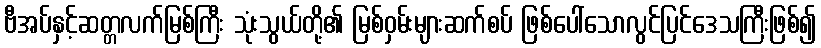
ဗီအပ်နှင့်ဆတ္တလက်မြစ်ကြီး သုံးသွယ်တို့၏ မြစ်ဝှမ်းများဆက်စပ် ဖြစ်ပေါ်သောလွင်ပြင်ဒေသကြီးဖြစ်၍